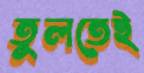
তুলতেই